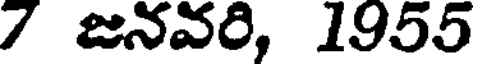
7 జనవరి, 1955